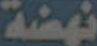
نهضة